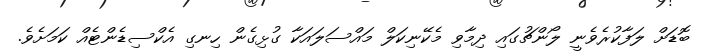
ބޮޑަށް ލަފާކުރެވެނީ ލޯންޗުގައި ދިމާވި މެކޭނިކަލް މައްސަލައަކާ ގުޅިގެން ހިނގި އެކްސިޑެންޓެއް ކަމަށެވެ.